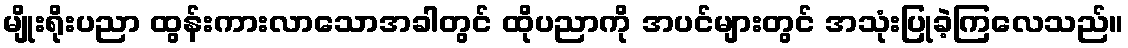
မျိုးရိုးပညာ ထွန်းကားလာသောအခါတွင် ထိုပညာကို အပင်များတွင် အသုံးပြုခဲ့ကြလေသည်။